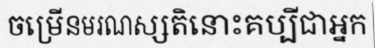
ចម្រើនមរណស្សតិនោះគប្បីជាអ្នក